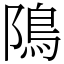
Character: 隝